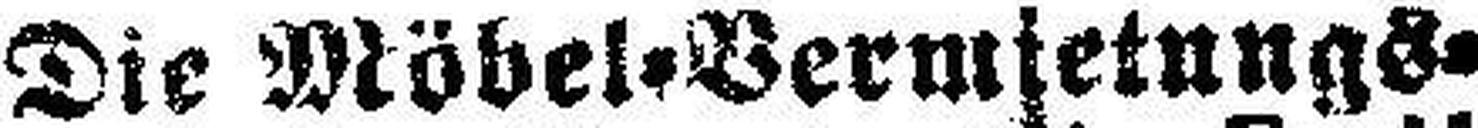
Die Möbel-Vermietungs¬